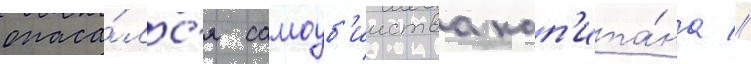
опаса́лс'я самоуб'ииства кап'ита́на //